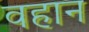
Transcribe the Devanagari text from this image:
वहान